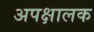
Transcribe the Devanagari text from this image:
अपक्षालक